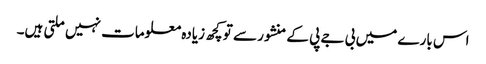
اس بارے میں بی جے پی کے منشور سے تو کچھ زیادہ معلومات نہیں ملتی ہیں۔